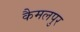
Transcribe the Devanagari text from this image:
कैमलपुर